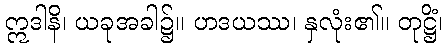
ဣဒါနိ၊ ယခုအခါ၌။ ဟဒယဿ၊ နှလုံး၏။ တုဋ္ဌိံ၊